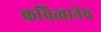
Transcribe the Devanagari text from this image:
कवित्वानेच